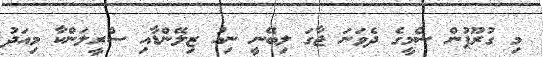
މި ގުރޫޕުން ސެމީގެ ދެވަނަ ޖާގަ ލިބޭނީ ނިއު ޒިލޭންޑާއި ސްރީލަންކާ މިއަދު